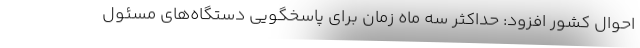
احوال کشور افزود: حداکثر سه ماه زمان برای پاسخگویی دستگاه‌های مسئول